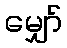
မျှော်